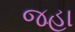
જહા